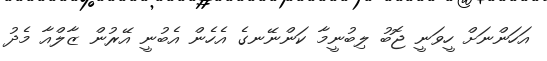
އަހަންނަށް ހީވަނީ ޖޮބު ލިބުނީމާ ކަންނޭނގެ އެހެން އެބުނީ އޭރުން ޒާލްއާ މެދު